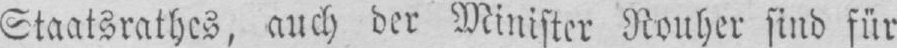
Staatsrathes, auch der Minister Rouher sind für